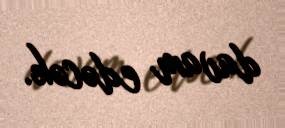
davam edəcək.